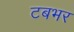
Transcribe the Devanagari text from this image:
टबभर